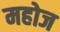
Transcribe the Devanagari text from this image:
महोज